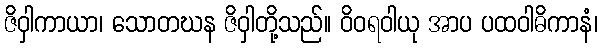
ဇိဝှါကာယာ၊ သောတဃန ဇိဝှါတို့သည်။ ဝိဝရဝါယု အာပ ပထဝါဓိကာနံ၊